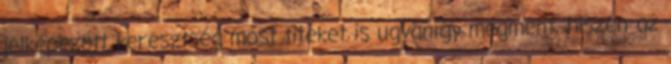
jelképezett keresztség most titeket is ugyanígy megment, hiszen az